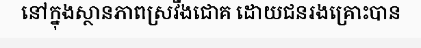
នៅក្នុងស្ថានភាពស្រវឹងជោគ ដោយជនរងគ្រោះបាន